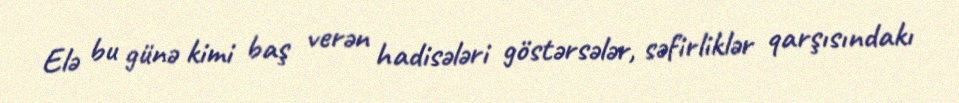
Elə bu günə kimi baş verən hadisələri göstərsələr, səfirliklər qarşısındakı